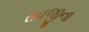
રાવજીના